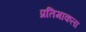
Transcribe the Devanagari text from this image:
प्रतिमाकला